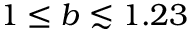
1 \leq b \lesssim 1 . 2 3